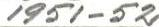
1951-52